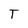
Character: T